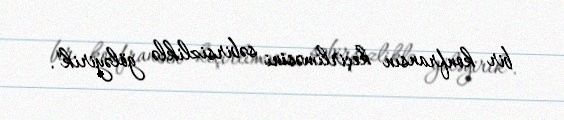
bir konfransın keçirliməsini səbirsizliklə göləyirik".